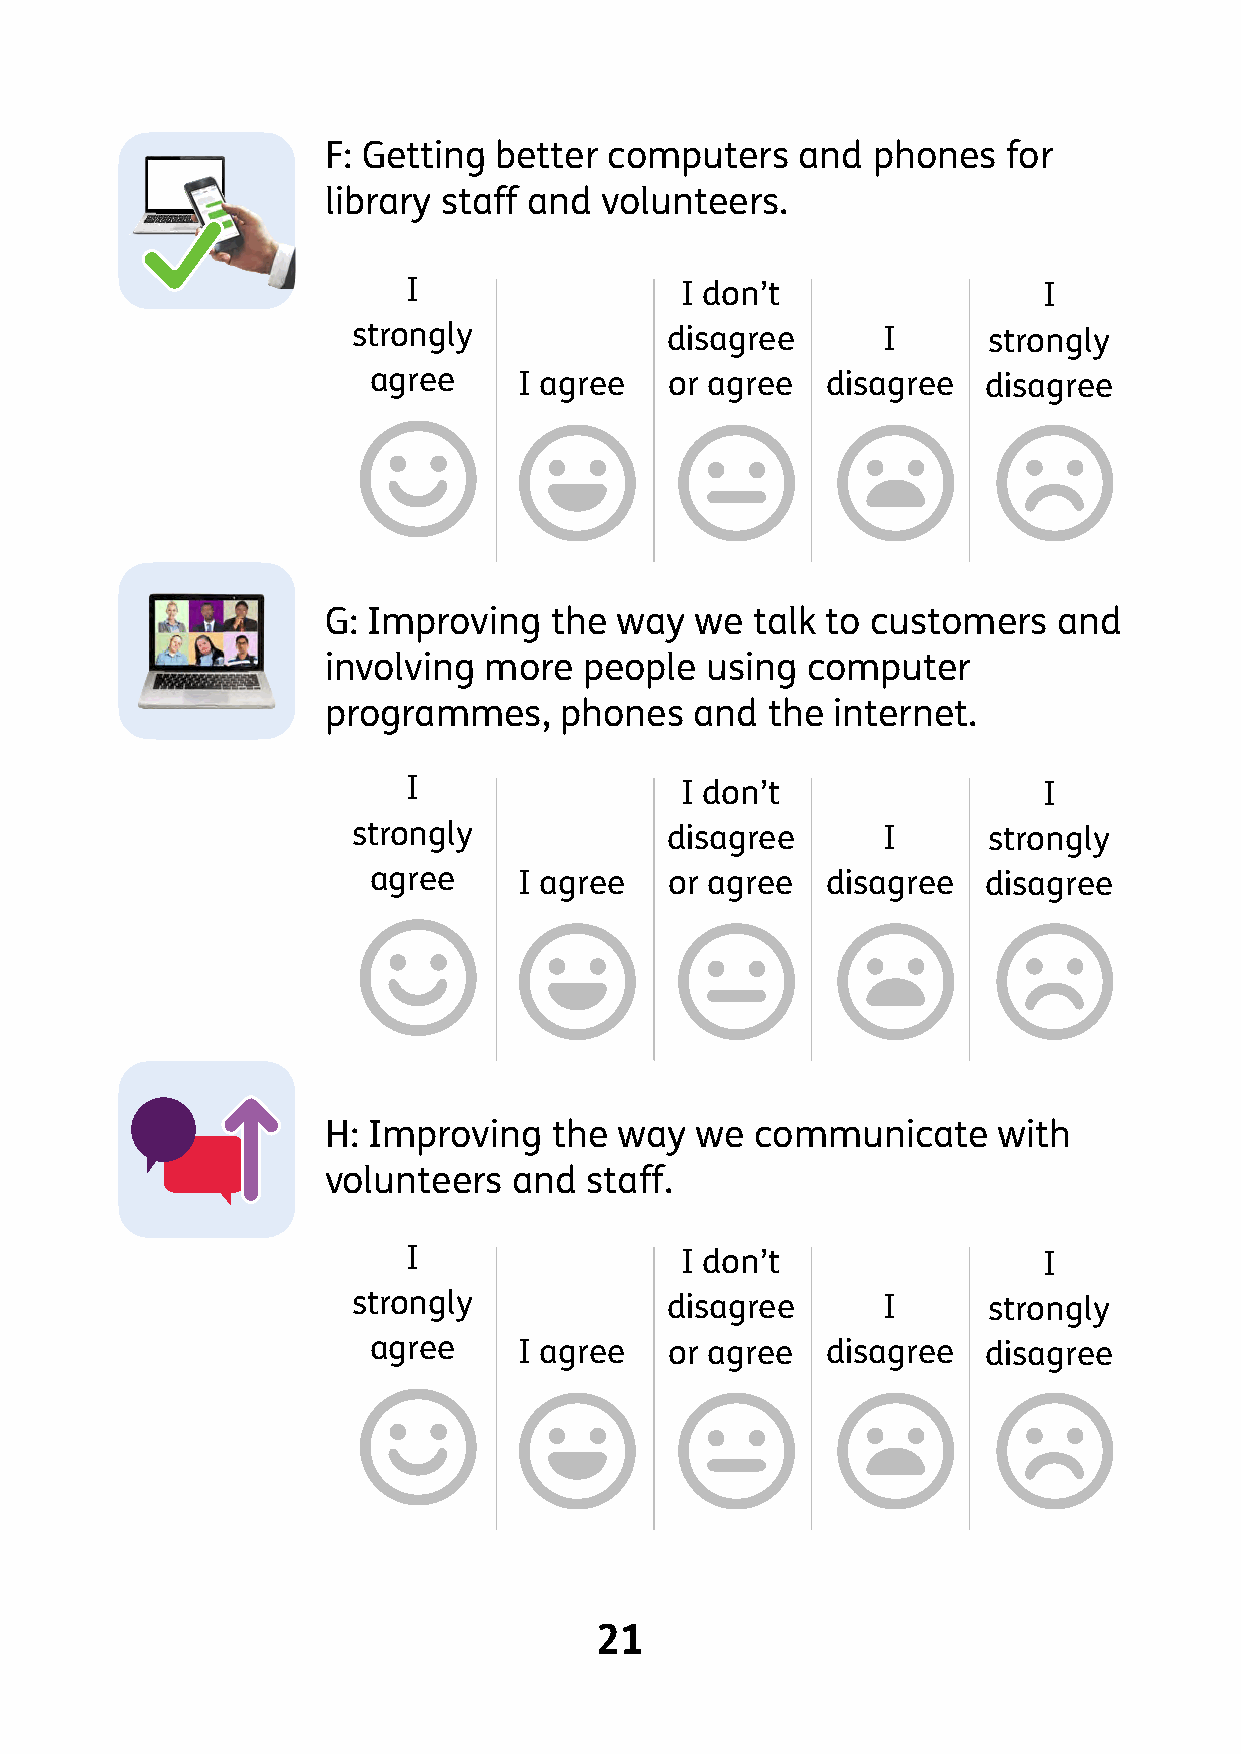
F: Getting better computers    and  phones   for
 library staff and volunteers.
 I                 I don’t                 I
 strongly             disagree      I      strongly
 agree     I agree   or agree   disagree  disagree
 G: Improving  the  way  we  talk to customers   and
 involving more   people  using computer
 programmes,    phones   and  the internet.
 I                 I don’t                 I
 strongly             disagree      I      strongly
 agree     I agree   or agree   disagree  disagree
 H: Improving   the way  we  communicate     with
 volunteers  and  staff.
 I                 I don’t                 I
 strongly             disagree      I      strongly
 agree     I agree   or agree   disagree  disagree
 21
 ©
 ©
 ©
 ®
 ®
 ®
 ®
 ®
 ®
 ©
 ©
 ©
 ®
 ®
 ®